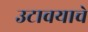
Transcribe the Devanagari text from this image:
उटावयाचे